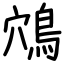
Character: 鴪